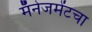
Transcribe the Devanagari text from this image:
मॅनेजमेंटचा